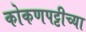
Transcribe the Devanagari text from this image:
कोकणपट्टीच्या